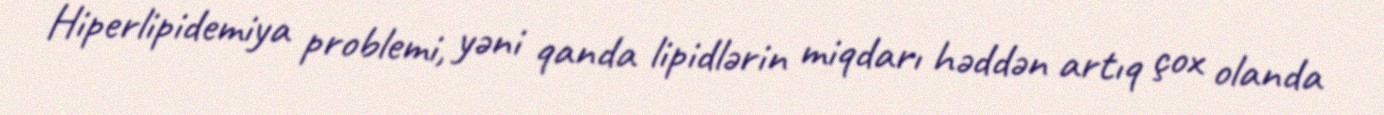
Hiperlipidemiya problemi, yəni qanda lipidlərin miqdarı həddən artıq çox olanda